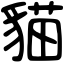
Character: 貓